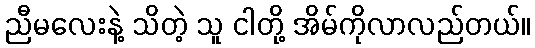
ညီမလေးနဲ့ သိတဲ့ သူ ငါတို့ အိမ်ကိုလာလည်တယ်။